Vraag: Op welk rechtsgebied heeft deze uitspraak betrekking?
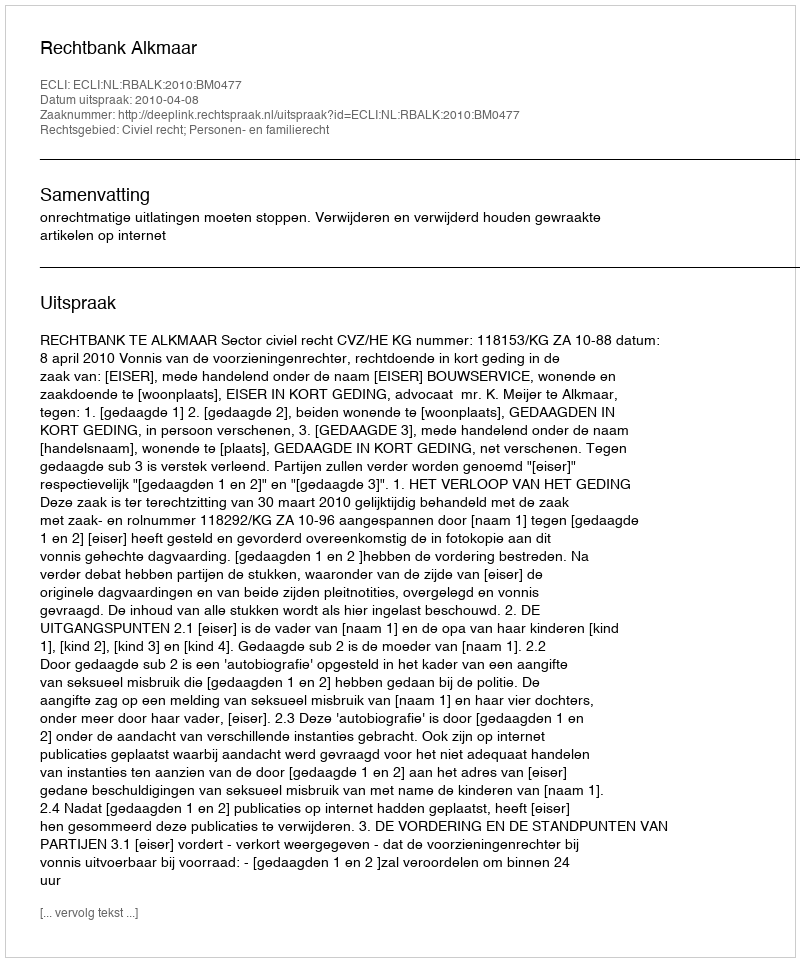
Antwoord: Civiel recht; Personen- en familierecht